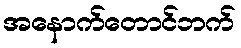
အနောက်တောင်ဘက်